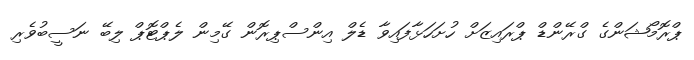
ޕްރޮމޯޝަންގެ ގްރޭންޑް ޕްރައިޒަށް ހުށަހަޅާފައިވާ ޑެލް އިންސްޕިރޮން ގޭމިން ލެޕްޓޮޕް ލިބޭ ނަސީބުވެރި